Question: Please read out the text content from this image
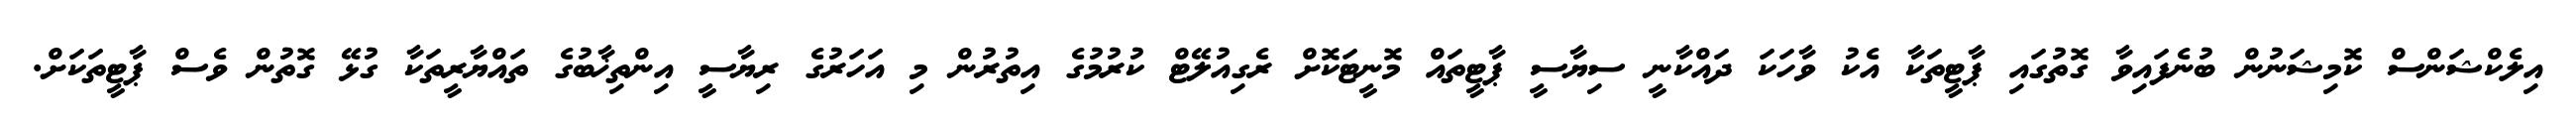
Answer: އިލެކްޝަންސް ކޮމިޝަނުން ބުނެފައިވާ ގޮތުގައި ޕާޓީތަކާ އެކު ވާހަކަ ދައްކާނީ ސިޔާސީ ޕާޓީތައް މޮނީޓަކޮށް ރެގިއުލޭޓް ކުރުމުގެ އިތުރުން މި އަހަރުގެ ރިޔާސީ އިންތިޚާބުގެ ތައްޔާރީތަކާ ގުޅޭ ގޮތުން ވެސް ޕާޓީތަކަށް.